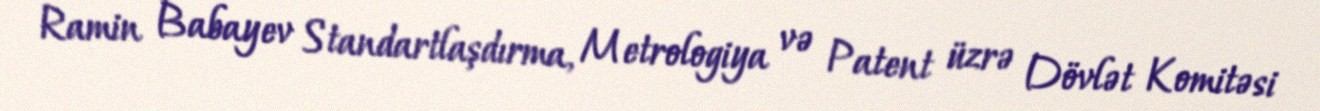
Ramin Babayev Standartlaşdırma, Metrologiya və Patent üzrə Dövlət Komitəsi